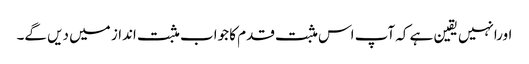
اورانہیں یقین ہے کہ آپ اس مثبت قدم کا جواب مثبت انداز میں دیں گے۔